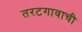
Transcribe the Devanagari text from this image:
तरटगावाची